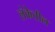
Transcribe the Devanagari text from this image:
लंकेतील